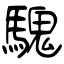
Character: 騩